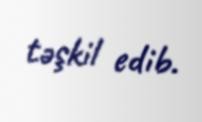
təşkil edib.